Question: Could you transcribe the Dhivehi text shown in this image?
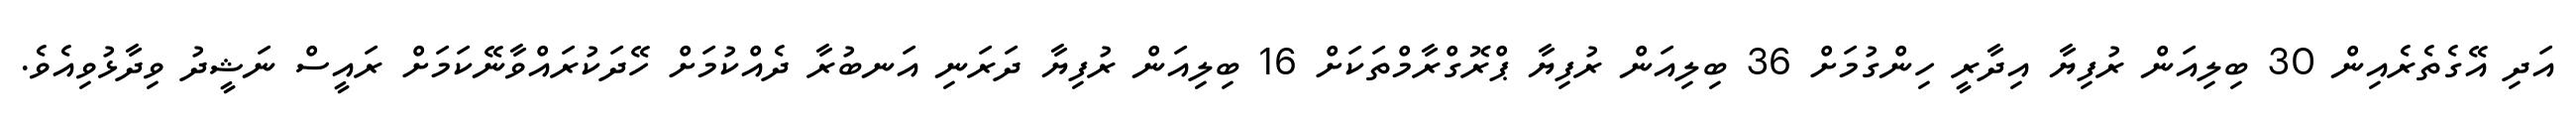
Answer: އަދި އޭގެތެރެއިން 30 ބިލިއަން ރުފިޔާ އިދާރީ ހިންގުމަށް 36 ބިލިއަން ރުފިޔާ ޕްރޮގްރާމްތަކަށް 16 ބިލިއަން ރުފިޔާ ދަރަނި އަނބުރާ ދެއްކުމަށް ހޭދަކުރައްވާނޭކަމަށް ރައީސް ނަޝީދު ވިދާޅުވިއެވެ.